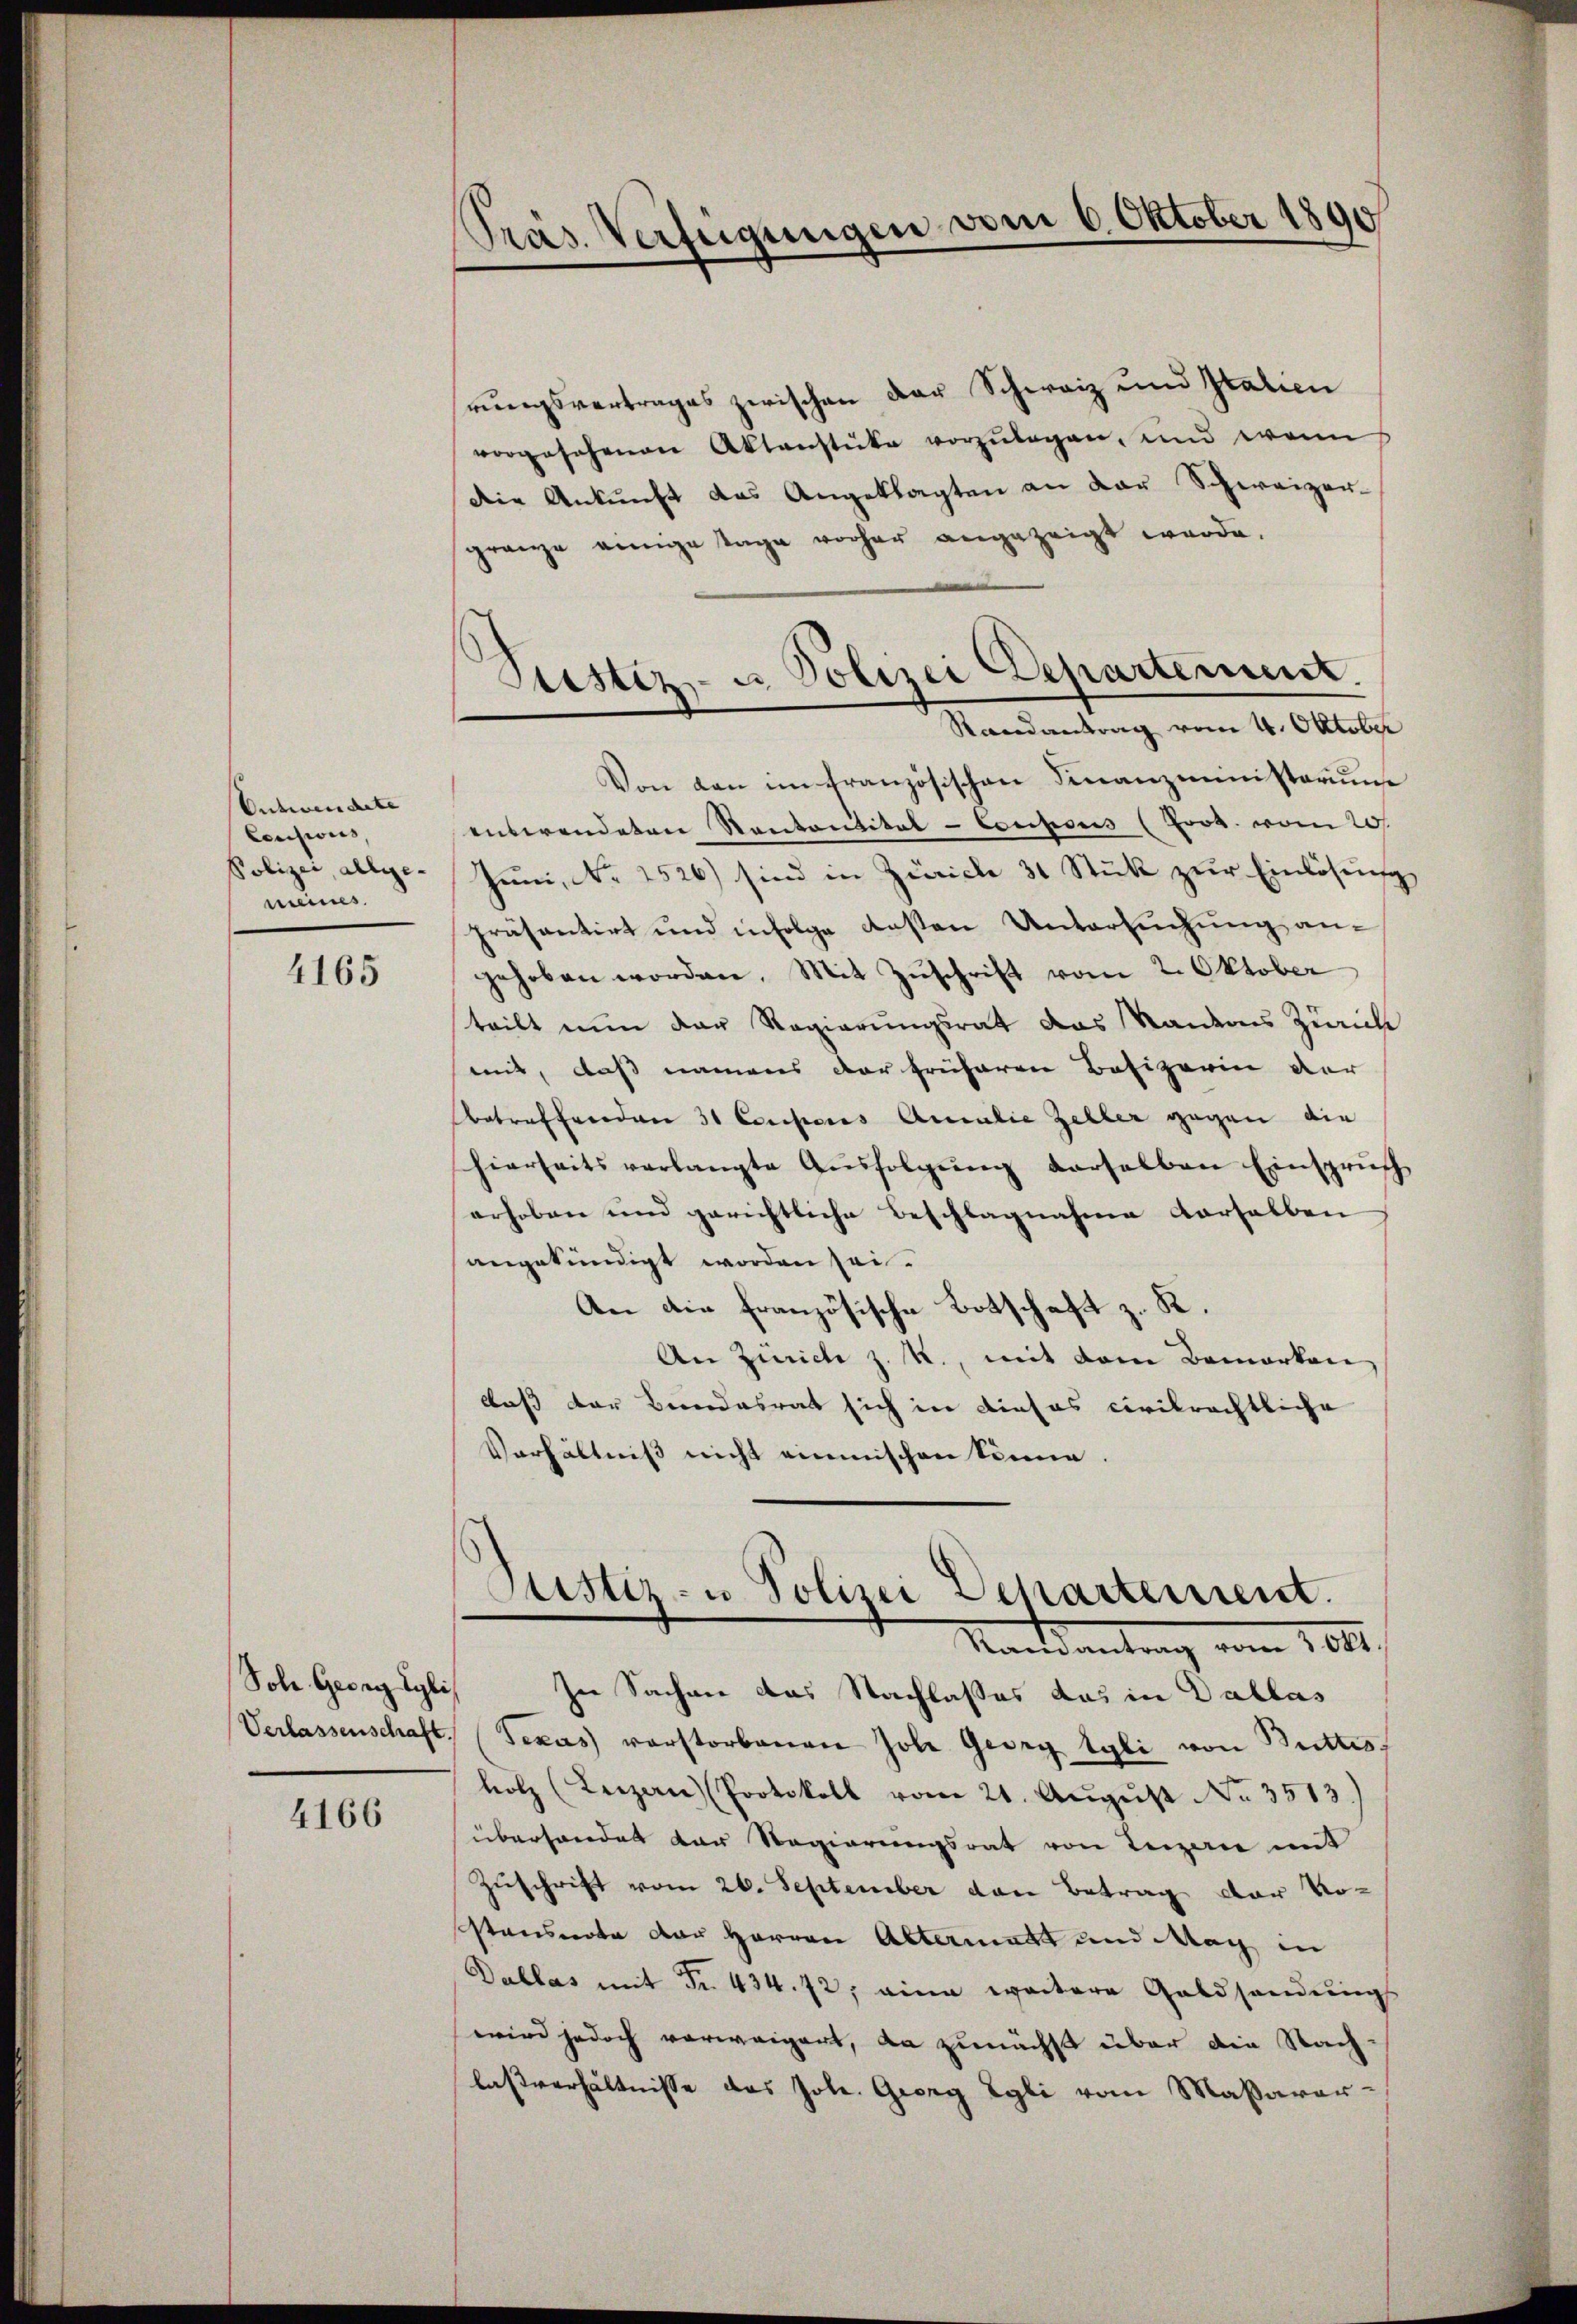
Entwerdete
Consions
Polizei, allge-
meines.

4165

Sohn Georg Eglis

4166

Präs. Verfeigungen vom 6. Oktober 1890

rungsvertrages zerischen der Schweiz und Italien
vorgesehenen Aktenstücke vorzulegen, und wenn
die Ankunft das Angeklagten an der Schweizer-
gränze einige Tage vorher angezeigt werde.
Von den im französischen Finanzministerium
entwendeten Kantantital-Coupons (Frob. vom 20.
Juni, No 1526) sind in Zürich 31 Stück zur Einlösung
präsentirt und infolge ersten Untersuchung angehoben worden. Mit Zuschrift vom 2. Oktober
teilt nun der Regierungsrat das Kantons Zürich
mit, daß namens der früheren Besizerin der
Betreffenden 31 Corporis Arealie Zeller gegen die
hierseits verlangte Aŭsfolgŭng derselben Einspruch
erhoben und gerichtliche Beschlagnahme derselben
angekündigt worden sei.
An die französische Botschaft z. K.
An Zürich z. R., mit dem Bemerken
daß der Bundesrat sich in dieses civilrechtliche
Verhältniß nicht einmischen könne.

Justiz- u. Polizei Departement.
Randantrag vom 4. Oktober

Justiz- u Polizei Departement.
Mandantung vom 10.1.

sne Sachene das Nachlasses das in Dallas
Verlassenschaft (Texas verstorbenen Joh. Georg tyli von Buttes
holz (Luzern Protokoll vom 21. Aŭgŭst No. 3513.)
überhandet der Regierungsrat von Liegerie mit
Zuschrift vom 26. September von Betrag der Vostanderte der Herren Altermatt und Mag in
Dallas mit Nr. 434. 72, eine weitere Geldsendungs
wird jedoch verweigert, da zunächst über die Nachlaßverhältnisse das Joh. Georg Egli vom Massaver¬